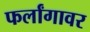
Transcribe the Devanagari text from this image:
फर्लांगावर